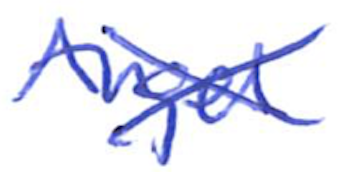
Text: Angel
Cross-out: cross
Writing tool: ballpoint